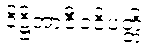
ဒိဋ္ဌိအာဇီဝဝိပတ္တိ